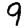
Digit: 9